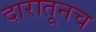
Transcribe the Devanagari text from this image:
दारातूनच